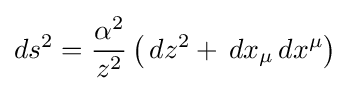
ds^{2}={\frac {\alpha ^{2}}{z^{2}}}\left(\,dz^{2}+\,dx_{\mu }\,dx^{\mu }\right)